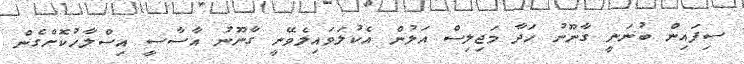
ސިފައިން ބުނަނީ ގާނޫނު ހަދާ މަޖިލިސް އަލުން އެކުލަވައިލެވޭނީ ގާނޫނު އާސާސީ އިސްލާހުކޮށްގެން